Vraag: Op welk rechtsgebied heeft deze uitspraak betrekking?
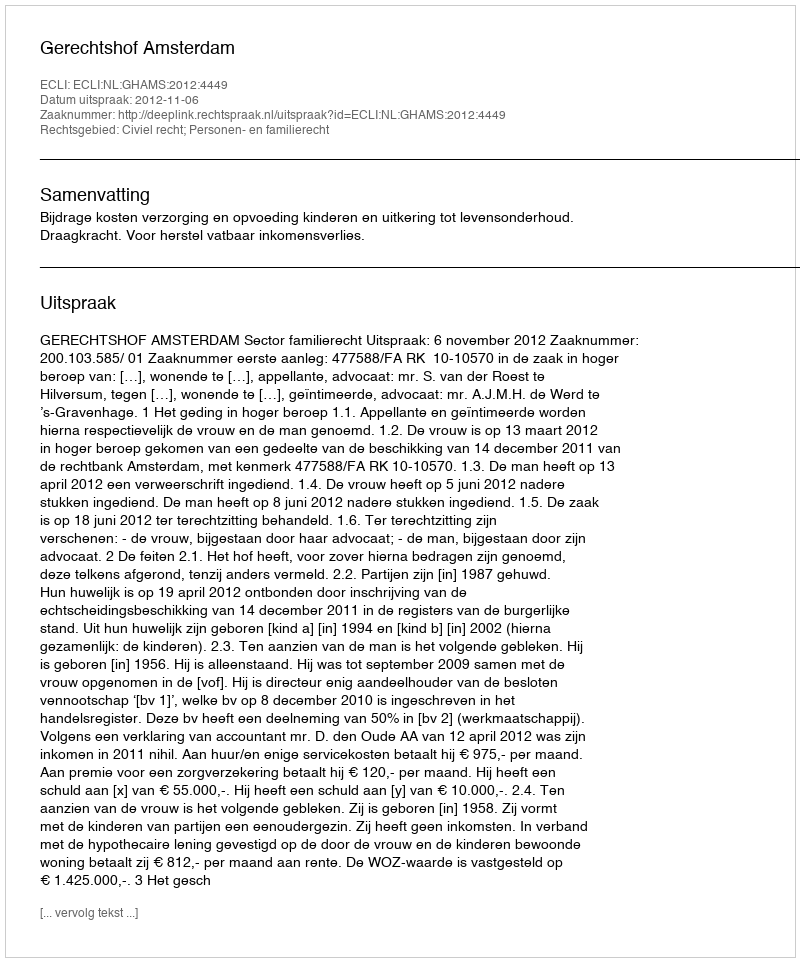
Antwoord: Civiel recht; Personen- en familierecht